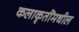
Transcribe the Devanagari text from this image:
कलाकृतींमधील